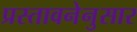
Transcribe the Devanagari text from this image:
प्रस्तावनेनुसार